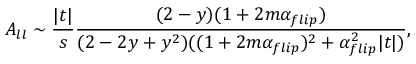
A _ { l l } \sim \frac { | t | } { s } \frac { ( 2 - y ) ( 1 + 2 m \alpha _ { f l i p } ) } { ( 2 - 2 y + y ^ { 2 } ) ( ( 1 + 2 m \alpha _ { f l i p } ) ^ { 2 } + \alpha _ { f l i p } ^ { 2 } | t | ) } ,